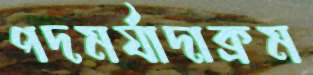
পদমর্যাদাক্রম